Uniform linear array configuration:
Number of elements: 8
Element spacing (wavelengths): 1
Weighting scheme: hamming
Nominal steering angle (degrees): -15
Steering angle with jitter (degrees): -16.972
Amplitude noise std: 0.05
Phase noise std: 0.05

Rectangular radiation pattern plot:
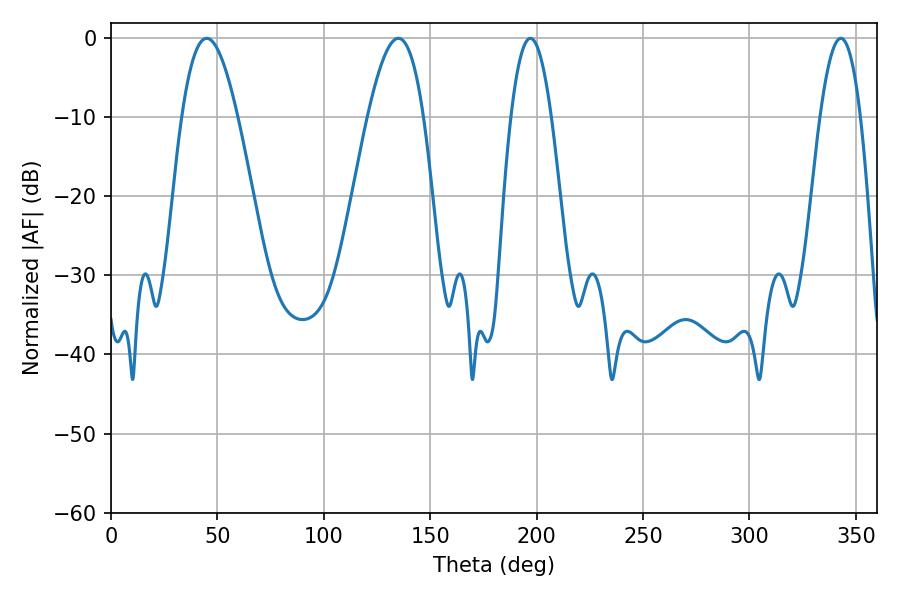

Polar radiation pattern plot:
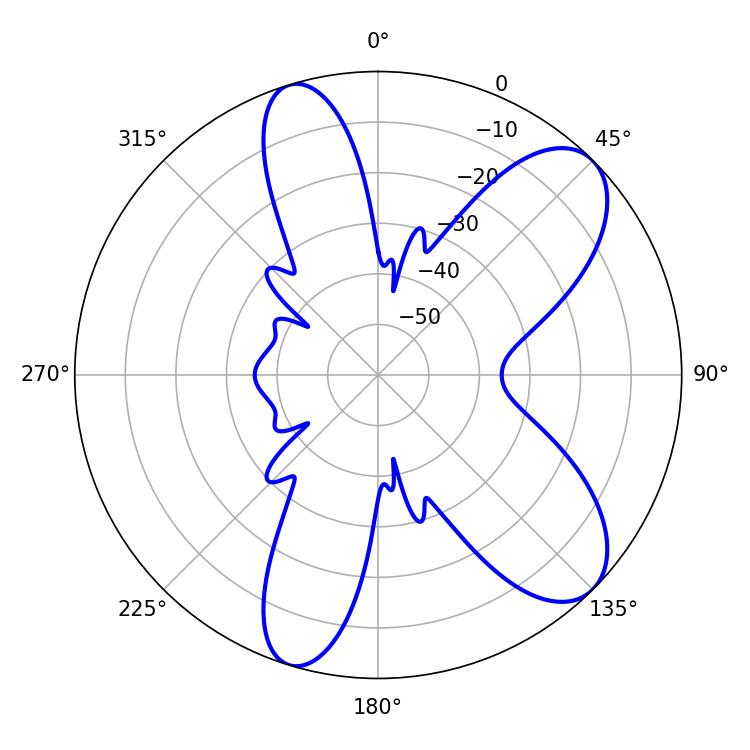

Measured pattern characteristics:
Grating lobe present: TRUE
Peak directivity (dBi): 8.718
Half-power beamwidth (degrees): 14.22
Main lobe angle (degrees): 45